Annual statistical returns and brief notes on vaccination in Bengal - 1909-1929
Year: 1909
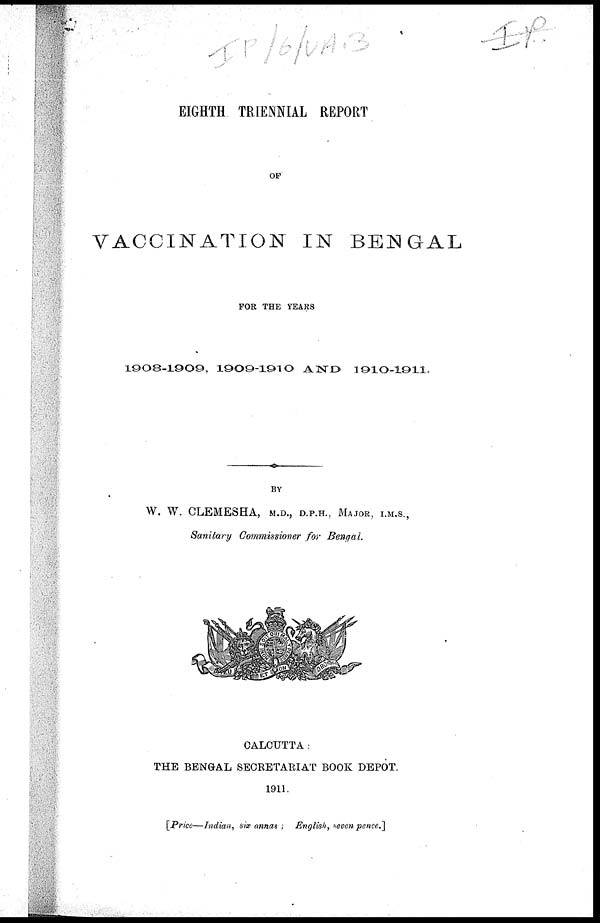
EIGHTH TRIENNIAL REPORT
OF
VACCINATION IN BENGAL
FOR THE YEARS
1908-1909, 1909-1910 AND
1910-1911.
BY
W. W. CLEMESHA, M.D., D.P.H., MAJOR, I.M.S.,
Sanitary Commissioner for Bengal.
CALCUTTA :
THE BENGAL SECRETARIAT BOOK DEPOT.
1911.
[Price—Indian, six annas ; English, seven pence.]